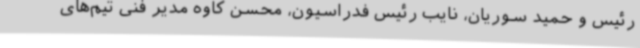
رئیس و حمید سوریان، نایب رئیس فدراسیون، محسن کاوه مدیر فنی تیم‌های